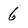
Character: 6